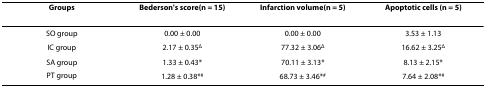
<table><thead><tr><td><b>Groups</b></td><td><b>Bederson&#x27;s score(n = 15)</b></td><td><b>Infarction volume(n = 5)</b></td><td><b>Apoptotic cells (n = 5)</b></td></tr></thead><tbody><tr><td>SO group</td><td>0.00 ± 0.00</td><td>0.00 ± 0.00</td><td>3.53 ± 1.13</td></tr><tr><td>IC group</td><td>2.17 ± 0.35<sup>Δ</sup></td><td>77.32 ± 3.06<sup>Δ</sup></td><td>16.62 ± 3.25<sup>Δ</sup></td></tr><tr><td>SA group</td><td>1.33 ± 0.43*</td><td>70.11 ± 3.13*</td><td>8.13 ± 2.15*</td></tr><tr><td>PT group</td><td>1.28 ± 0.38*<sup>#</sup></td><td>68.73 ± 3.46*<sup>#</sup></td><td>7.64 ± 2.08*<sup>#</sup></td></tr></tbody></table>